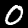
Digit: 0